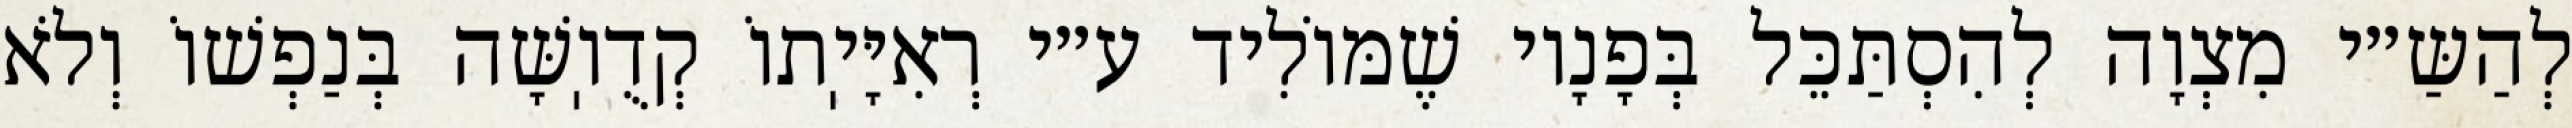
לְהַשַּ״י מִצְוָה לְהִסְתַּכֵּל בְּפָנָיו שֶׁמּוֹלִיד ע״י רְאִיָּיֽתוֹ קְדֻוֽשָּׁה בְּנַפְשׁוֹ וְלֹא